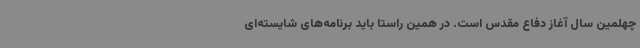
چهلمین سال آغاز دفاع مقدس است. در همین راستا باید برنامه‌های شایسته‌ای